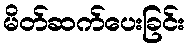
မိတ်ဆက်ပေးခြင်း